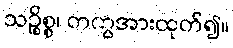
သဉ္စိစ္စ၊ တကွအားထုတ်၍။